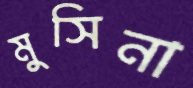
মুসিনা